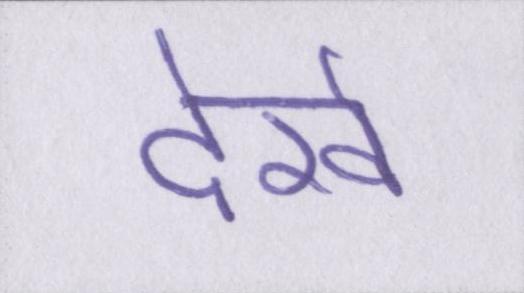
देखें